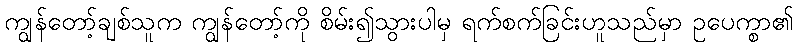
ကျွန်တော့်ချစ်သူက ကျွန်တော့်ကို စိမ်း၍သွားပါမှ ရက်စက်ခြင်းဟူသည်မှာ ဥပေက္စာ၏